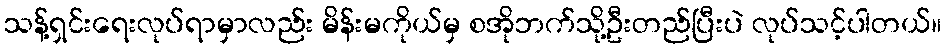
သန့်ရှင်းရေးလုပ်ရာမှာလည်း မိန်းမကိုယ်မှ စအိုဘက်သို့ဦးတည်ပြီးပဲ လုပ်သင့်ပါတယ်။